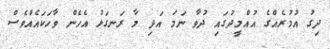
ދިގު އުމުރެއްގެ އުއްމީދުގައި ދުވާ ނަމަ އަދި މާ ރަނގަޅު އެހެން ވާހަކައެއްވެސް